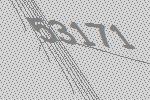
53171